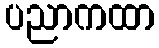
ပညာကထာ